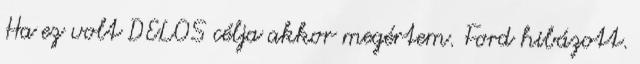
Ha ez volt DELOS célja akkor megértem. Ford hibázott.